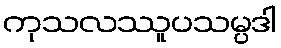
ကုသလဿူပသမ္ပဒါ